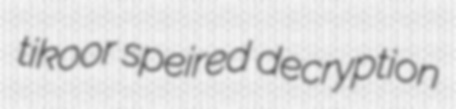
tikoor speired decryption